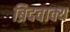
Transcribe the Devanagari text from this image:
ब्रिदवाक्य